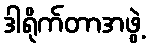
ဒါရိုက်တာအဖွဲ့